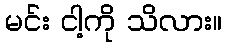
မင်း ငါ့ကို သိလား။